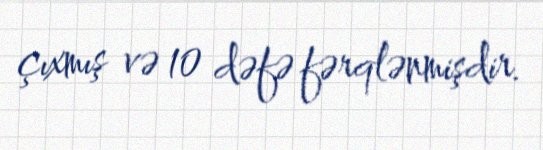
çıxmış və 10 dəfə fərqlənmişdir.